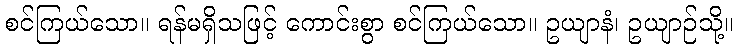
စင်ကြယ်သော။ ရန်မရှိသဖြင့် ကောင်းစွာ စင်ကြယ်သော။ ဥယျာနံ၊ ဥယျာဉ်သို့။